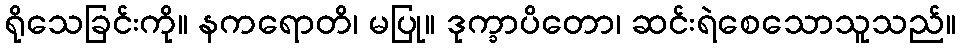
ရိုသေခြင်းကို။ နကရောတိ၊ မပြု။ ဒုက္ခာပိတော၊ ဆင်းရဲစေသောသူသည်။